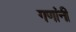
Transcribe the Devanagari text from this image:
गणांनी